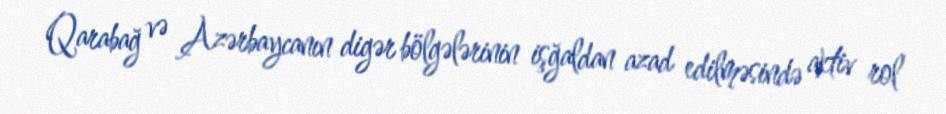
Qarabağ və Azərbaycanın digər bölgələrinin işğaldan azad edilməsində aktiv rol